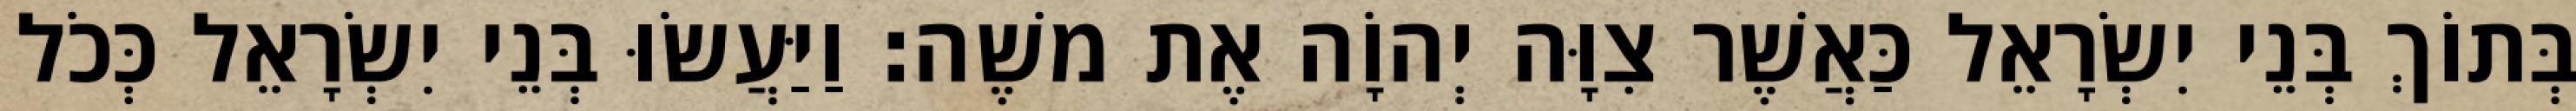
בְּתוֹךְ בְּנֵי יִשְׂרָאֵל כַּאֲשֶׁר צִוָּה יְהוָֹה אֶת משֶׁה׃ וַיַּעֲשׂוּ בְּנֵי יִשְׂרָאֵל כְּכֹל